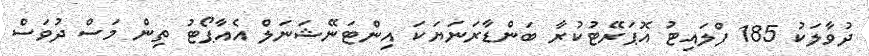
ދުވާލަކު 185 ފްލައިޓު އޮޕަރޭޓުކުރާ ބަންޑާރަނަޔަކަ އިންޓަނޭޝަނަލް އެއާޕޯޓު ތިން މަސް ދުވަސް